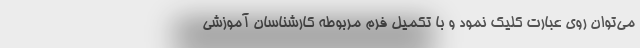
می‌توان روی عبارت کلیک نمود و با تکمیل فرم مربوطه کارشناسان آموزشی